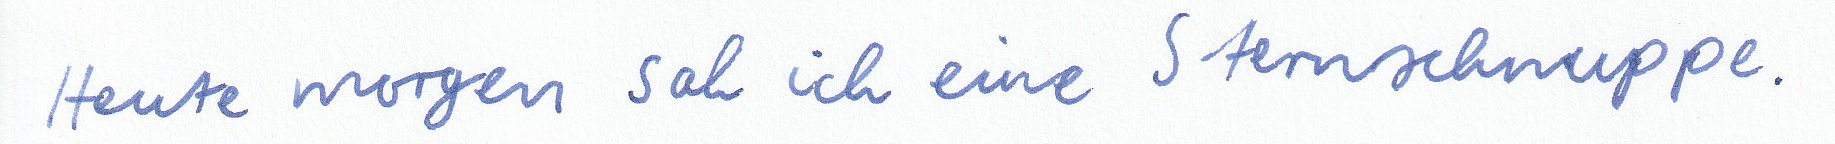
Heute morgen sah ich eine Sternschnuppe.